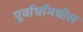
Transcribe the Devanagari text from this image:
पूर्वार्धामधील